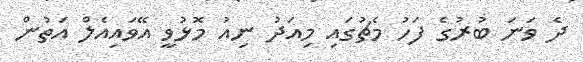
ދެ ވަނަ ބުރުގެ ފަހު މެޗުގައި މިއަދު ނިއު މޮޅުވީ އޭވައިއެލް އަތުން